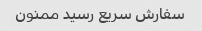
سفارش سریع رسید ممنون